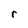
Character: r